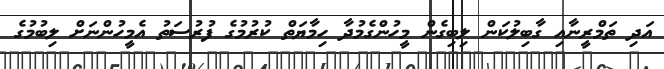
އަދި ތަމްރީނާއި ގާބިލުކަން ލިބިގެން މީހުންގެމުދާ ހިމާޔަތް ކުރުމުގެ ފުރުސަތު އެމީހުންނަށް ލިބުމުގެ